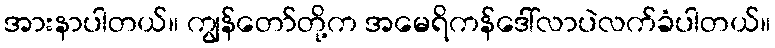
အားနာပါတယ်။ ကျွန်တော်တို့က အမေရိကန်ဒေါ်လာပဲလက်ခံပါတယ်။